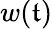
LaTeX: w(\mathfrak{t})